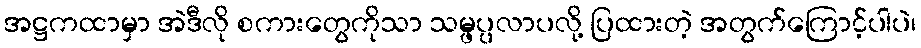
အဋ္ဌကထာမှာ အဲဒီလို စကားတွေကိုသာ သမ္ဖပ္ပလာပလို့ ပြထားတဲ့ အတွက်ကြောင့်ပါပဲ၊